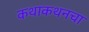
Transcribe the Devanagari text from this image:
कथाकथनचा